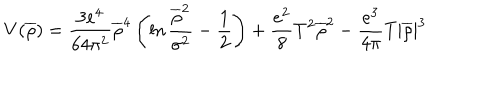
LaTeX: V ( \overline { { { \rho } } } ) = \frac { 3 e ^ { 4 } } { 6 4 \pi ^ { 2 } } \overline { { { \rho } } } ^ { 4 } \left( \ln \frac { \overline { { { \rho } } } ^ { 2 } } { \sigma ^ { 2 } } - \frac { 1 } { 2 } \right) + \frac { e ^ { 2 } } { 8 } T ^ { 2 } \overline { { { \rho } } } ^ { 2 } - \frac { e ^ { 3 } } { 4 \pi } T | \overline { { { \rho } } } | ^ { 3 }